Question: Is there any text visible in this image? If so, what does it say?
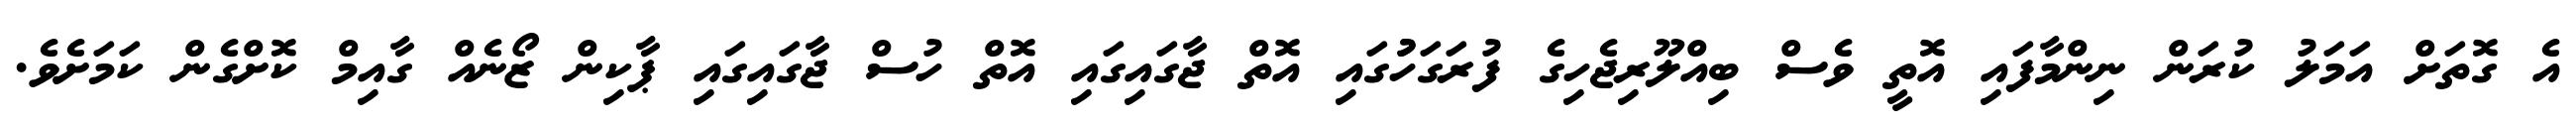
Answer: އެ ގޮތަށް އަމަލު ކުރަން ނިންމާފައި އޮތީ ވެސް ބިއްލޫރިޖެހިގެ ފުރަގަހުުގައި އޮތް ޖާގައިގައި އޮތް ހުސް ޖާގައިގައި ޕާކިން ޒޯނެއް ގާއިމް ކޮށްގެން ކަމަށެވެ.